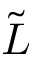
\tilde { L }